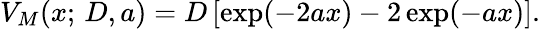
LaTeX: V_{M}(x;\, D,a)=D\left[\exp(-2ax)-2\exp(-ax)\right].